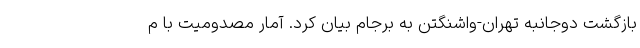
بازگشت دوجانبه تهران-واشنگتن به برجام بیان کرد. آمار مصدومیت با م